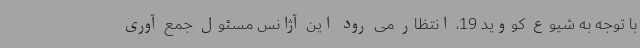
با توجه به شیوع کووید 19، انتظار می رود این آژانس مسئول جمع آوری